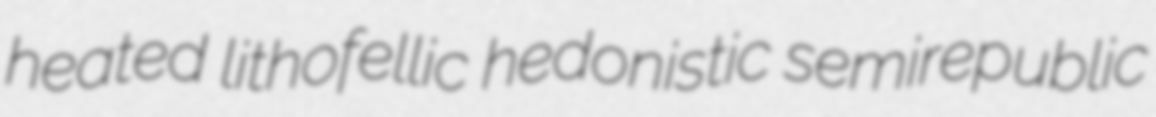
heated lithofellic hedonistic semirepublic